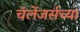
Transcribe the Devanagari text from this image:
चॅलेंजर्सच्या